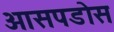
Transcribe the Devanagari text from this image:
आसपडोस